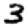
Digit: 3